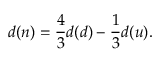
\displaystyle d ( n ) = \frac { 4 } { 3 } d ( d ) - \frac { 1 } { 3 } d ( u ) .